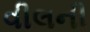
વીલની